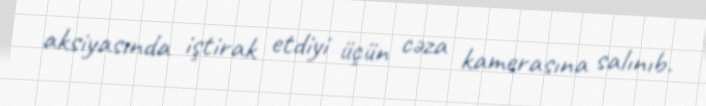
aksiyasında iştirak etdiyi üçün cəza kamerasına salınıb.